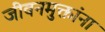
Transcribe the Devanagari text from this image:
जीवनमुक्तांना